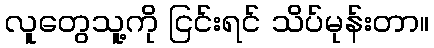
လူတွေသူ့ကို ငြင်းရင် သိပ်မုန်းတာ။